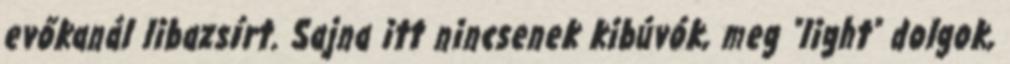
evőkanál libazsírt. Sajna itt nincsenek kibúvók, meg "light" dolgok,